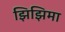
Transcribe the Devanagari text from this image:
झिझिमा